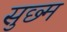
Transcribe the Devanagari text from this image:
सुछ्म